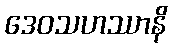
ဒေဝသဟဿာနိ